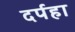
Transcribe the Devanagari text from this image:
दर्पहा